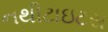
નથીટાઇટસ